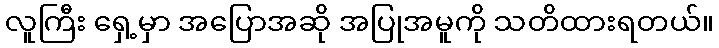
လူကြီး ရှေ့မှာ အပြောအဆို အပြုအမူကို သတိထားရတယ်။